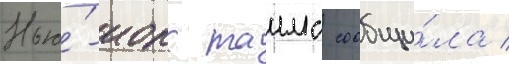
Нью́-иорк таимс сообщи́ла /